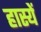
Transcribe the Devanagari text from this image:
हास्यें